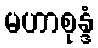
မဟာစုန္ဒံ